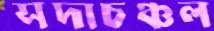
সদাচঞ্চল